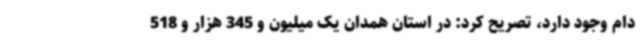
دام وجود دارد، تصریح کرد: در استان همدان یک میلیون و 345 هزار و 518